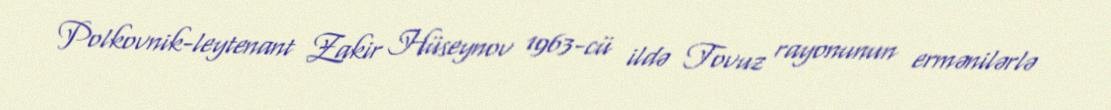
Polkovnik-leytenant Zakir Hüseynov 1963-cü ildə Tovuz rayonunun ermənilərlə